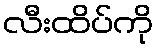
လီးထိပ်ကို